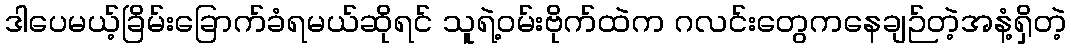
ဒါပေမယ့်ခြိမ်းခြောက်ခံရမယ်ဆိုရင် သူရဲ့ဝမ်းဗိုက်ထဲက ဂလင်းတွေကနေချဉ်တဲ့အနံ့ရှိတဲ့